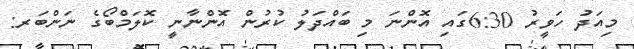
މިއަދު ހަވީރު 6:30ގައި އޮންނަ މި ބައްދަލު ކުރުން އޮންނާނީ ކޮލަމްބޯގެ ނަންބަރ: